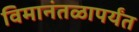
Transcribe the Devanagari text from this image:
विमानंतळापर्यंत